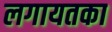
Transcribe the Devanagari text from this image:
लगायतका